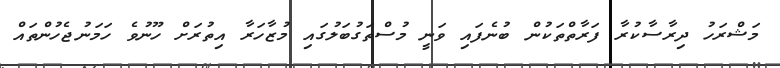
މަޝްރަހު ދިރާސާކުރާ ފަރާތްތަކުން ބުނެފައި ވަނީ މުސްތަގުބަލުގައި މުޒާހަރާ އިތުރަށް ހޫނުވެ ހަމަނުޖެހުންތައް